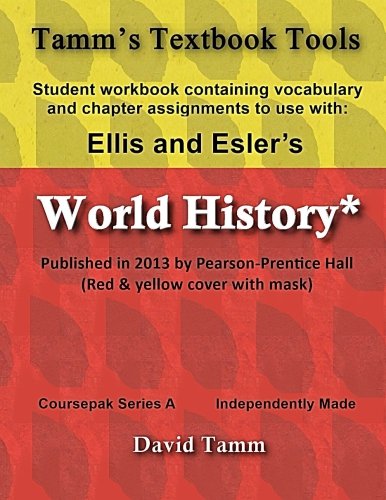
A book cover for Ellis & Esler's World History (Pearson/Prentice Hall 2013) Student Workbook: Relevant daily assignments tailor-made for the World History text (Tamm's Textbook Tools); David Tamm; History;